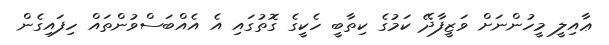
ޢާއިލީ މީހުންނަށް ވަޒީފާދޭ ކަމުގެ ކިތާބީ ހެކީގެ ގޮތުގައި އެ އެއްބަސްވުންތައް ހިފައިގެން